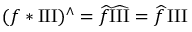
( f * \operatorname { I I I } ) ^ { \wedge } = { \widehat { f } } { \widehat { \operatorname { I I I } } } = { \widehat { f } } \operatorname { I I I }